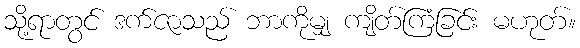
သို့ရာတွင် ဒက်ဇာသည် ဘာကိုမျှ ကျိတ်ကြံခြင်း မဟုတ်။